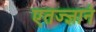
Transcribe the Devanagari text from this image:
एतज्ज्ञानं